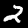
Digit: 2